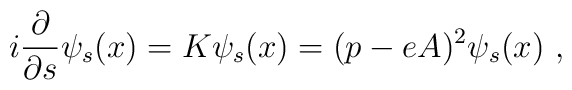
i \frac{\partial}{\partial s}\psi_{s}(x)=K\psi_{s}(x)=(p-eA)^{2}\psi_{s}(x) \ ,